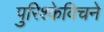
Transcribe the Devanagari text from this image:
पुरिश्केविचने